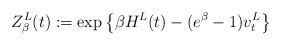
\begin{align*}Z^L_{\beta}(t) :=\exp\left\{ \beta H^L(t)- (e^{\beta}-1)v^L_t \right\}\end{align*}